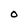
Character: O